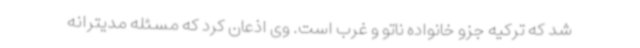
شد که ترکیه جزو خانواده ناتو و غرب است. وی اذعان کرد که مسئله مدیترانه